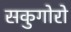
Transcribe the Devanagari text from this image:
सकुगोरो